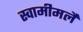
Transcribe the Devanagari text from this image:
स्वामीमलै